Scottish Certificate of Education, 1962
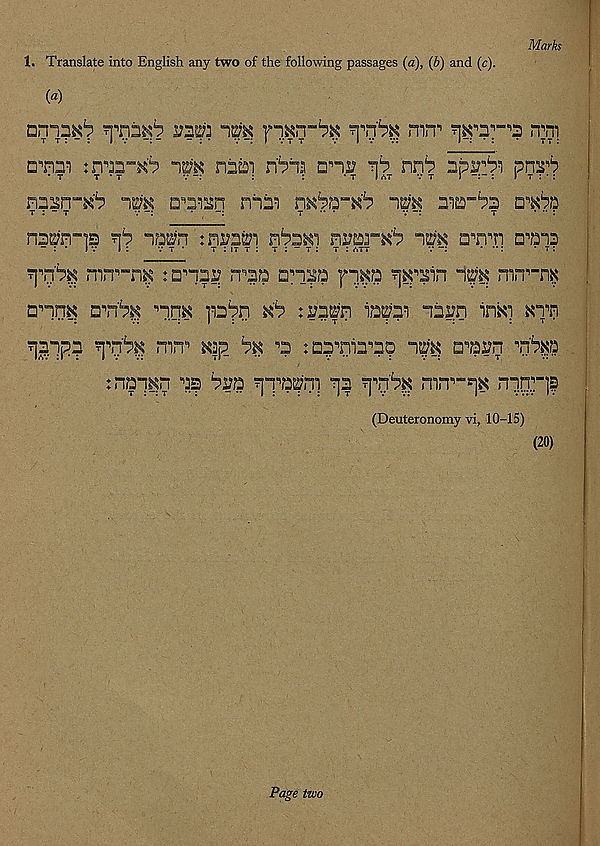
1. Translate into English any two of the following passages (a), (b) and (c).
Marks
{a)
im nnbi ri^ia era rh nn^ np2?^;i pnrb
nn^n“^P im a^n nnni n&kr*6 im
t : - t
v
t
v
t
* •• :
rib mm :nr^i
nvurtib im aTm □^12
*\vb$ mn^n^ :arai? n^n
?j^^in Ip mn^n^
□np a^n'^ nnK ppn ^ trap iema nap in^i ^Tn
^appa
nin 1 ’ ^p
^ : a^rna^ap np a^arn ^r6p
tnapn a? Pra ^p^api Tja
m.T-p np.pr]|
(Deuteronomy vi, 10-15)
(20)
Page two